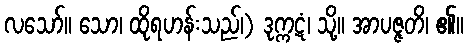
လသော်။ သော၊ ထိုရဟန်းသည်၊) ဒုက္ကဋံ၊ သို့။ အာပဇ္ဇတိ၊ ၏။